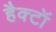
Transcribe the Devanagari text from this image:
हैक्टॉ